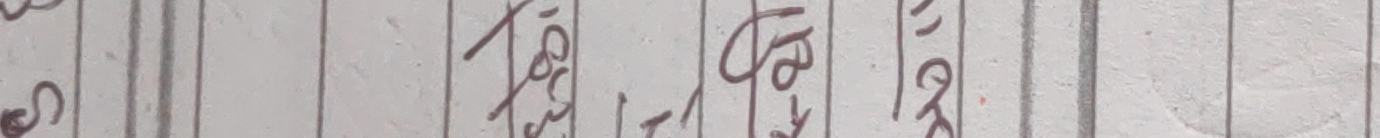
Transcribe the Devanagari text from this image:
तर्फबाट